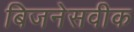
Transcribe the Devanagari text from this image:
बिजनेसवीक